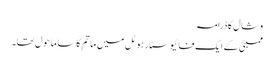
وشال کا ڈرامہ
ممبئی کے ایک فائیو سٹار ہوٹل میں ماتم کا سا ماحول تھا۔